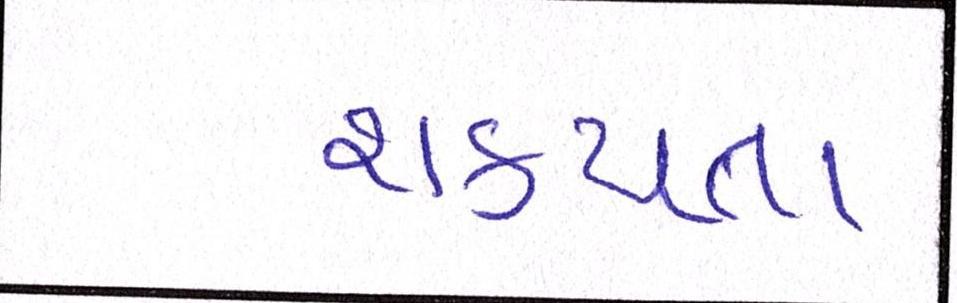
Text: શકયતા